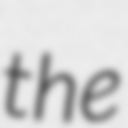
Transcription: the